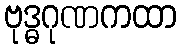
ဗုဒ္ဓဂုဏကထာ